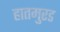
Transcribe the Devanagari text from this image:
हातमुरड